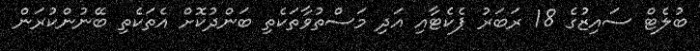
ބުލެޓް ސައިޒުގެ 18 ރަބަރު ޕެކެޓާއި އަދި މަސްތުވާތަކެތި ބަންދުކޮށް އެތަކެތި ބޭނުންކުރަން